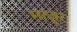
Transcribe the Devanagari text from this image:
माज़ूर